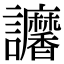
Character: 𧮠